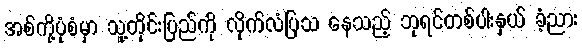
အစ်ကို့ပုံစံမှာ သူ့တိုင်းပြည်ကို လိုက်လံပြသ နေသည့် ဘုရင်တစ်ပါးနှယ် ခံ့ညား